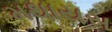
મથાયસ